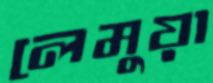
লেমুয়া